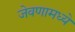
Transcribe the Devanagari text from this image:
जेवणामध्ये